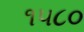
૧૫૮૦